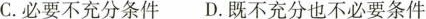
C.必要不充分条件 D.既不充分也不必要条件